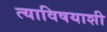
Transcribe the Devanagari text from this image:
त्याविषयाशी